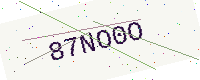
Text: 87NO0O